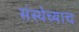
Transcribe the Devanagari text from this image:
संस्थेच्याच